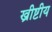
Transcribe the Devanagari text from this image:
ख्रीष्टीय